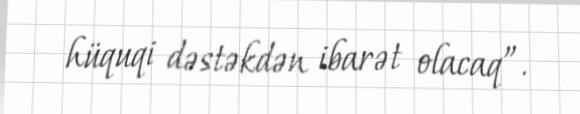
hüquqi dəstəkdən ibarət olacaq”.